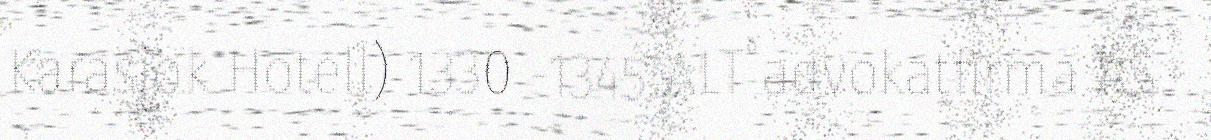
Karasjok Hotell) 1330 -1345 ALT advokatfirma AS